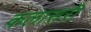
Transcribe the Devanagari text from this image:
कलासरी